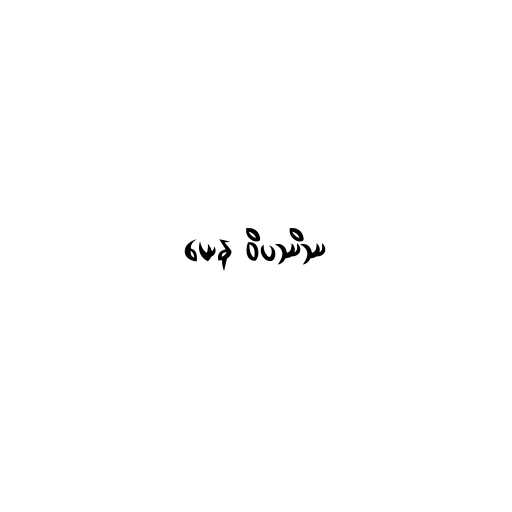
ယေန ဝိပဿိဿ